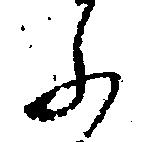
ふ